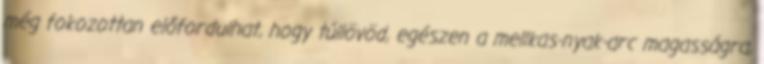
még fokozottan előfordulhat, hogy túllövöd, egészen a mellkas-nyak-arc magasságra,